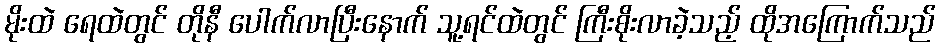
မိုးထဲ ရေထဲတွင် တိုနီ ပေါက်လာပြီးနောက် သူ့ရင်ထဲတွင် ကြီးစိုးလာခဲ့သည့် ထိုအကြောက်သည်